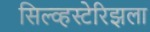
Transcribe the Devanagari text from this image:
सिल्व्हस्टेरिझला